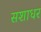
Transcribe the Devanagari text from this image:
सशाधर